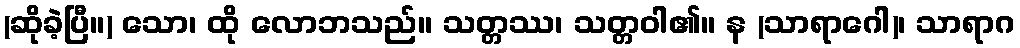
(ဆိုခဲ့ပြီ။) သော၊ ထို လောဘသည်။ သတ္တဿ၊ သတ္တဝါ၏။ န (သာရာဂေါ)၊ သာရာဂ